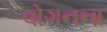
વોગનના